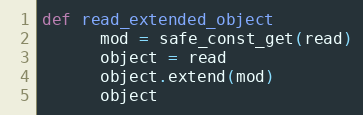
Language: Ruby
def read_extended_object
      mod = safe_const_get(read)
      object = read
      object.extend(mod)
      object